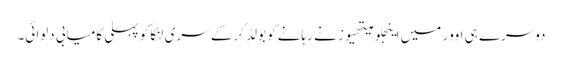
دوسرے ہی اوور میں اینجلو میتھیوز نے رہانے کو بولڈ کرکے سری لنکا کو پہلی کامیابی دلوائی۔